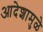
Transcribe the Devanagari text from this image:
आदेशामुळे